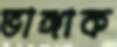
ভাঙ্গাক